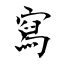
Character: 寫